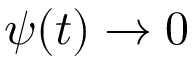
\psi ( t ) \rightarrow 0